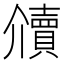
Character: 𰷔